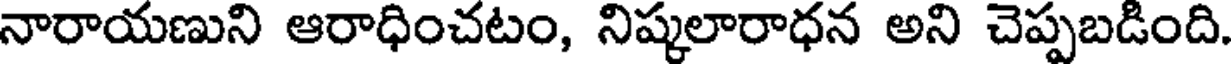
నారాయణుని ఆరాధించటం, నిష్కలారాధన అని చెప్పబడింది.